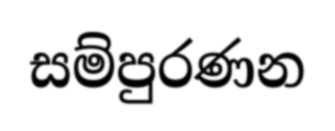
සම්පුරණන